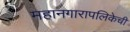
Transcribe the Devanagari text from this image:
महानगारापलिकेची